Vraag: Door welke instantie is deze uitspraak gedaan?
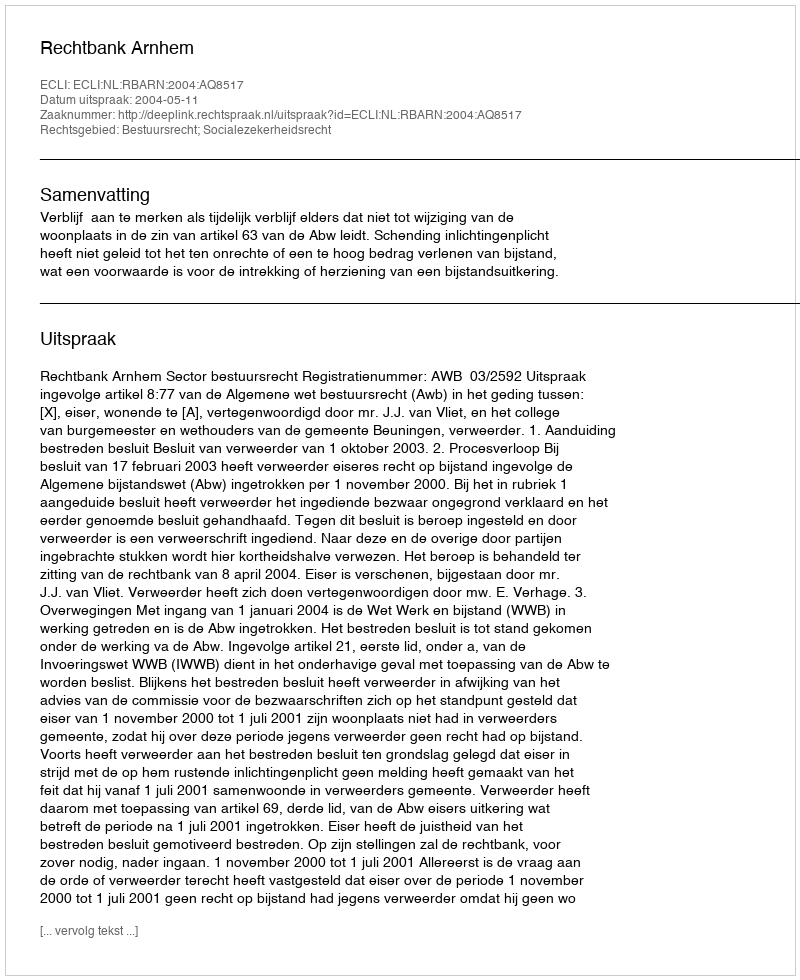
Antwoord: Rechtbank Arnhem